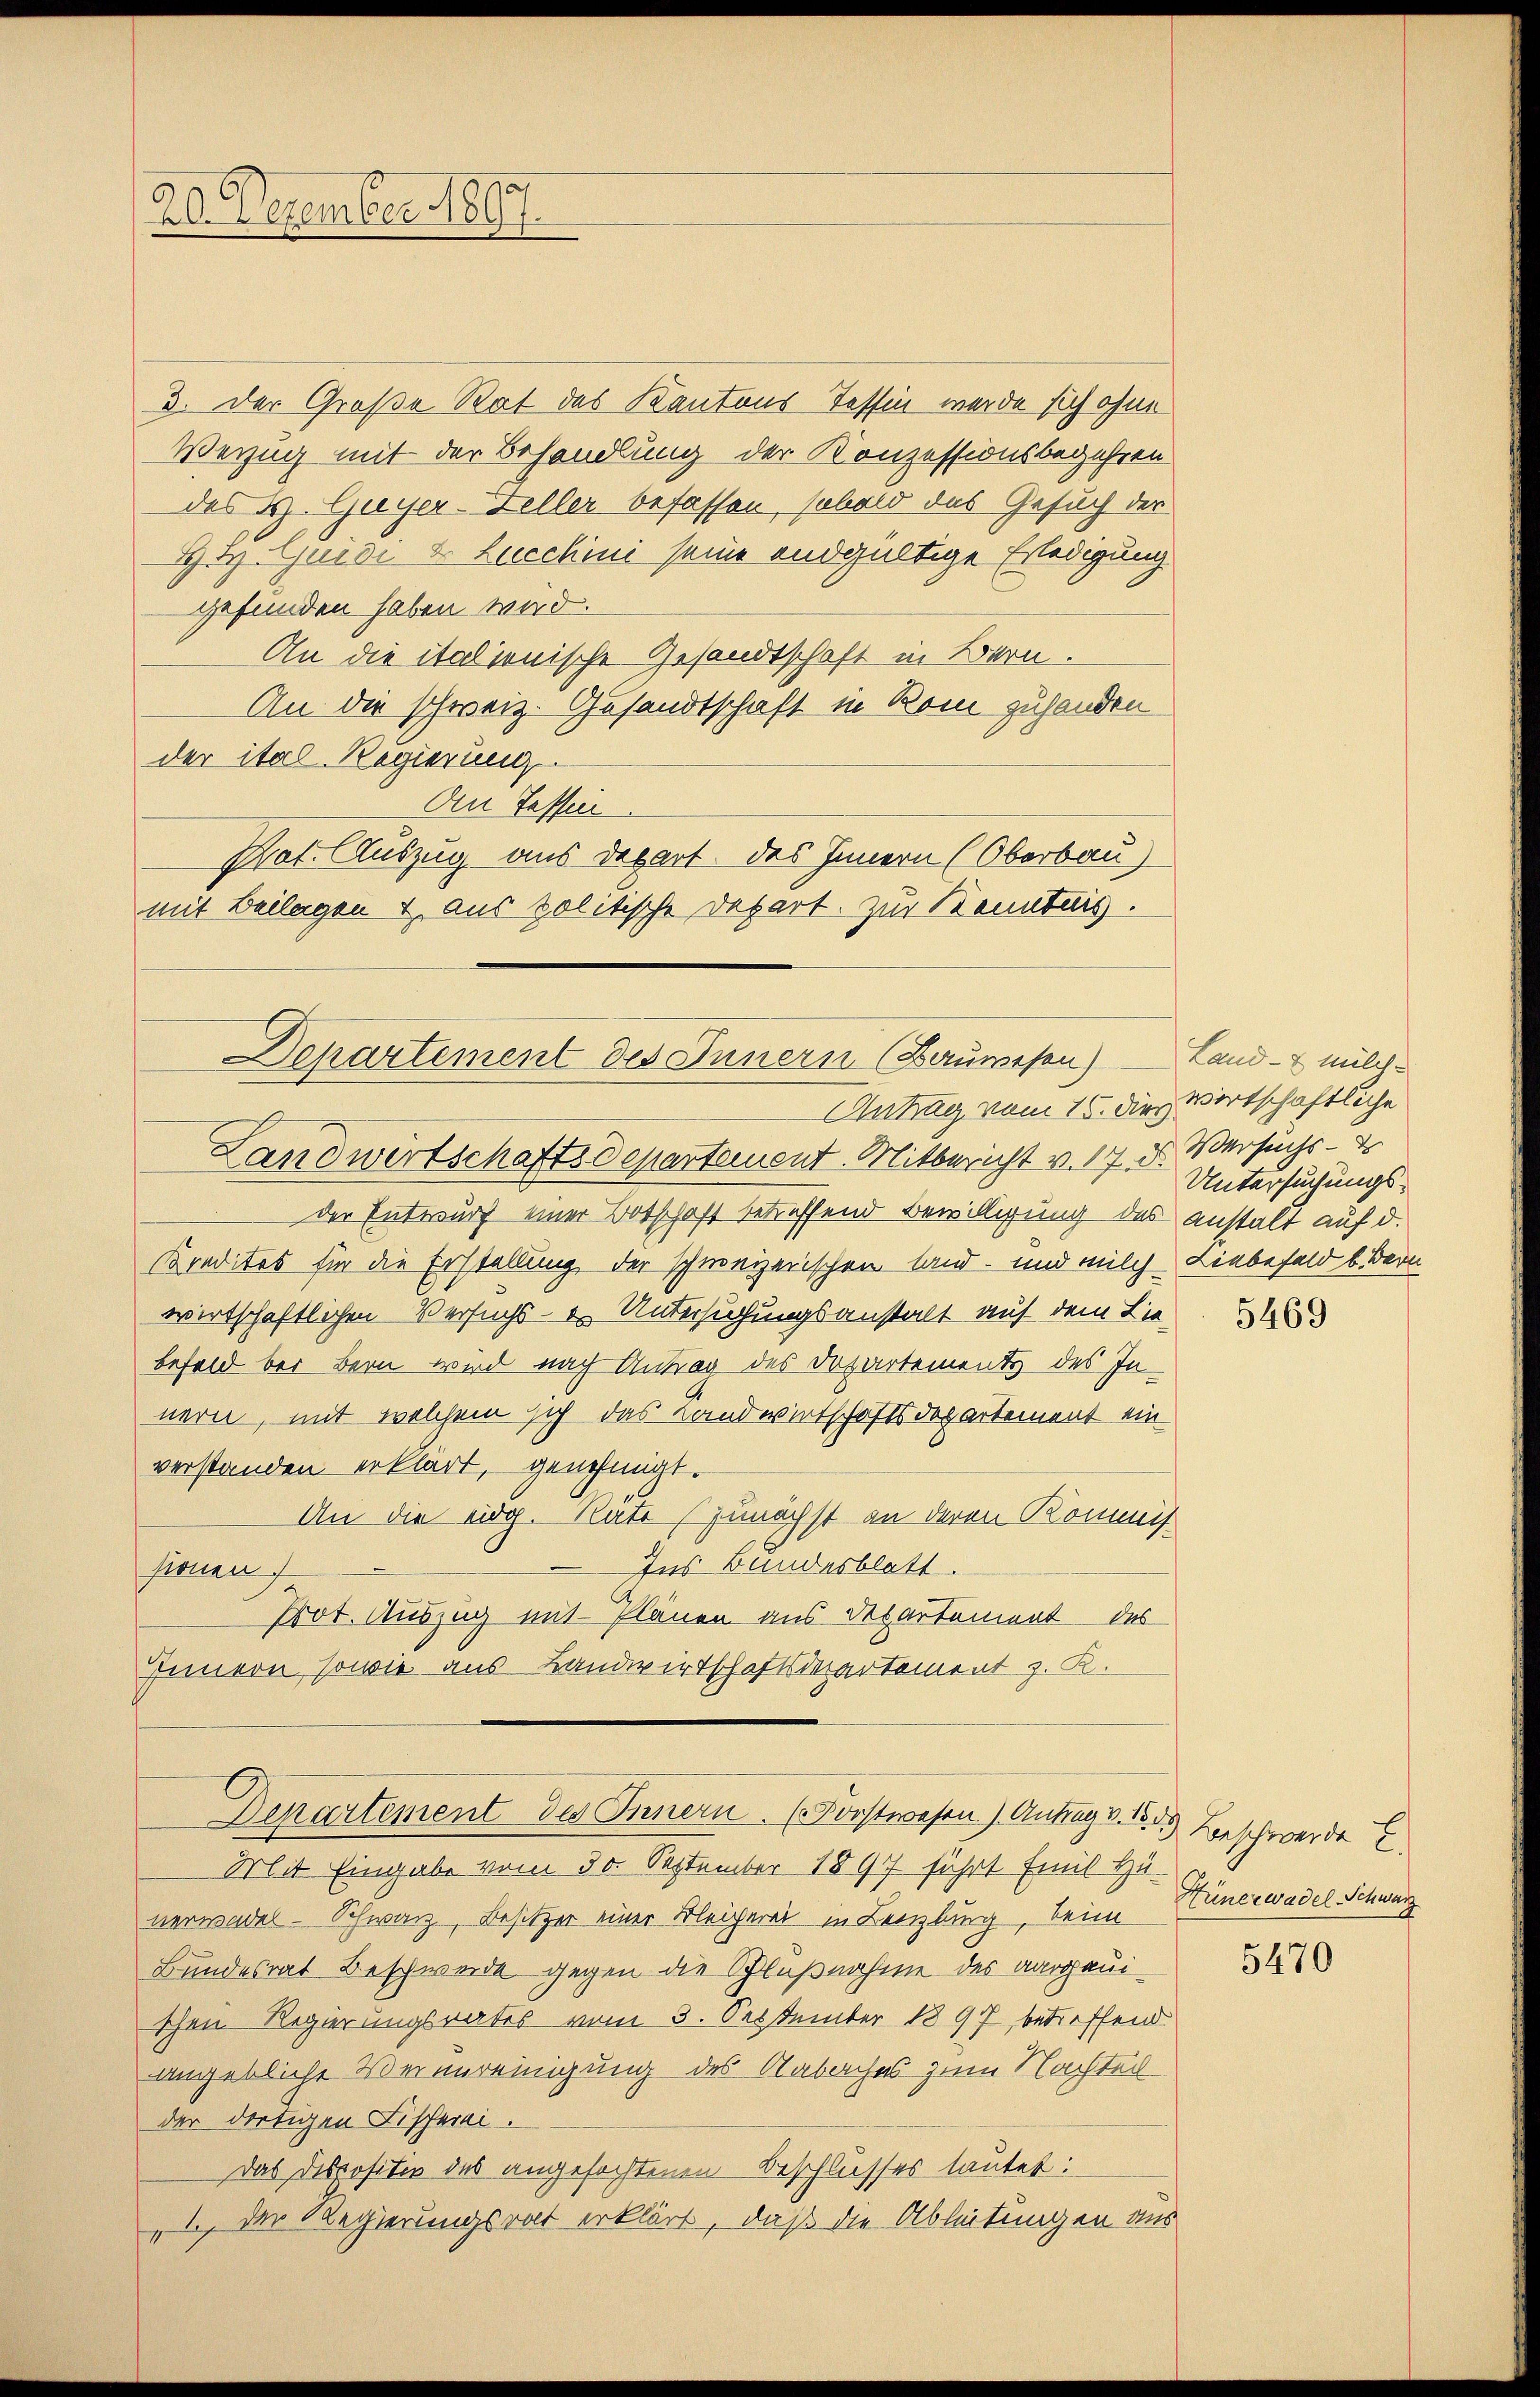
3. Der Große Rat des Kantons Tessin werde sich ohne
Wezug mit der Behandlung der Konzessionsbegehren
des H. Guyer-Zeller befassen, sobald das Gesuch der
St. Guidi u. Lucchini seine endgültige Erledigung
gefunden haben wird.
An die italienische Gesandtschaft in Bern.
An die schweiz. Gesandtschaft in Rom zuhanden
der ital-Regierung
An Tassen
Not. Auszug aus Depart. Das Innern (Oberbau)
mit Beilagen 4. Aus politische Depart. Zur Kenntnis.

20. Dezember 1897.

Departement des Innern (Bauwesen)
Antrag vom 15. dies wirtschaftliche

Landwirtschaftsdepartement. Mitbericht v. 17. Untersuchungsder Entwurf einer Botschaft betreffend Bewilligung des anstalt auf d.
Kredites für die Erstellung der schweizerischen Land- und milch Liebefeld b. Bern
wirtschaftlichen Versuchs - u. Untersuchungsanstalt auf dem Lie-
befeld bei Bern wird nach Antrag des Departements des In-
nern, mit welchem sich das Landwirtschaftsdepartement ein
verstanden erklärt, genehmigt.
An die eidg. Rate zunächst an deren Kommis
Ins Bundesblatt.
sionen
Prot. Auszug mit Plänen aus Departement des
Innern, sowie aus Landwirtschaftsdepartement z. R.
Departement des Innern. (Forstwesen) Antrag d. 1. Beschwerde E
Mit Eingabe vom 30. September 1897 führt Emil Hunerwadel - Schwarz, Besitzer einer Bleicherei in Lenzburg, beim Hünerwadel Schwarz
Bundesrat Beschwerde gegen die Schlußnahme des aargauischen Regierungsrates vom 3. September 1897 betreffend
angebliche Vernereinigung des Aabaches zum Nachteil
der dortigen Fischerei.
Das Dispositiv des angesachtenen Beschlusses lautet:
„I der Regierungsrat erklärt, daß die Ableitungen aus

Land- & Milch.
Versuchs - d

5469

5470